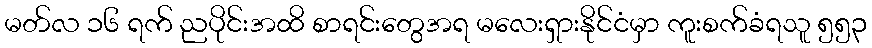
မတ်လ ၁၆ ရက် ညပိုင်းအထိ စာရင်းတွေအရ မလေးရှားနိုင်ငံမှာ ကူးစက်ခံရသူ ၅၅၃